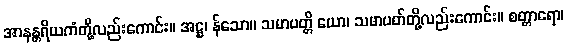
အာနန္တရိယကံတို့လည်းကောင်း။ အဋ္ဌ၊ န်သော။ သမာပတ္တိ ယော၊ သမာပတ်တို့လည်းကောင်း။ စတ္တာရော၊